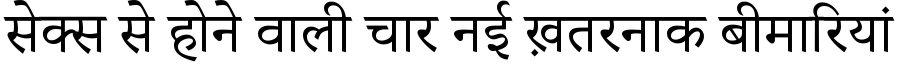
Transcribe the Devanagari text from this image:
सेक्स से होने वाली चार नई ख़तरनाक बीमारियां